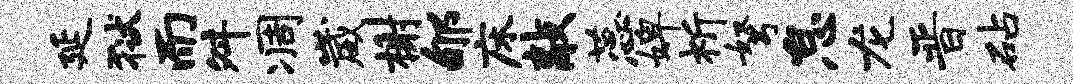
延狱而舛凋崴榭郇床敲蕊婢祈弩怠龙晋砧